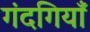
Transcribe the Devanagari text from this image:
गंदगियाँ